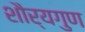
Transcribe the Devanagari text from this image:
शौर्यगुण